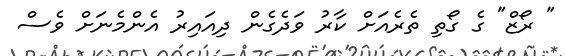
" ރޯޒް" ގެ ގޯތި ތެރެއަށް ކާރު ވަދެގެން ދިއައިރު އެންމެނަށް ވެސް